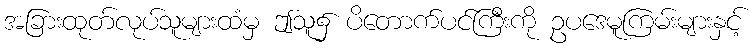
အခြားထုတ်လုပ်သူများထံမှ ဤသူ၌ ပိတောက်ပင်ကြီးကို ဥပဒေမူကြမ်းများနှင့်